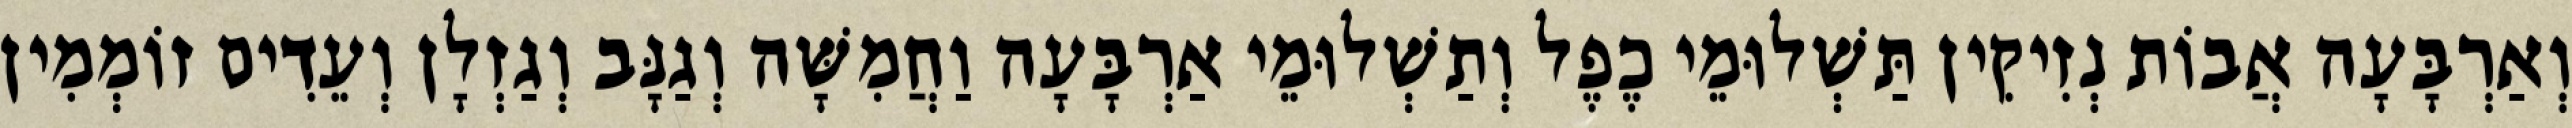
וְאַרְבָּעָה אֲבוֹת נְזִיקִין תַּשְׁלוּמֵי כֶפֶל וְתַשְׁלוּמֵי אַרְבָּעָה וַחֲמִשָּׁה וְגַנָּב וְגַזְלָן וְעֵדִים זוֹמְמִין